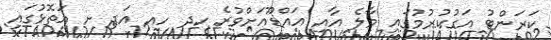
ކަރަންޓު އަގުކުރުމުގައި މާލެ އާއި އައްޑޫއަށްވުރެ ހދ ހއ އަދި ށ އަތޮޅުގައި